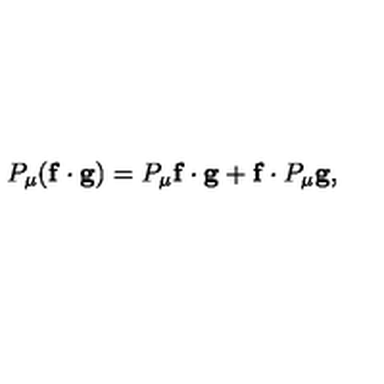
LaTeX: P _ { \mu } ( \mathbf { f } \cdot \mathbf { g } ) = P _ { \mu } \mathbf { f } \cdot \mathbf { g } + \mathbf { f } \cdot P _ { \mu } \mathbf { g } ,